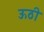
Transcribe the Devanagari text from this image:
ऊठी